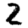
Digit: 2